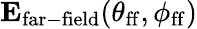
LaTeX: \mathbf{E}_{\mathrm{far-field}}(\theta_{\mathrm{ff}},\phi_{\mathrm{ff}})